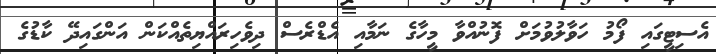
އެސިޓީގައި ފޯމު ހަވާލުވުމަށް ފޮނުއްވާ މީހާގެ ނަމާއި އެޑްރެސް ދިވެހިރައްޔިތެއްކަން އަންގައިދޭ ކާޑުގެ